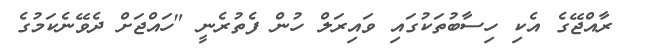
ރާއްޖޭގެ އެކި ހިސާބުތަކުގައި ވައިރަލް ހުން ފެތުރެނީ "ހައްޖަށް ދެވޭނެކަމުގެ